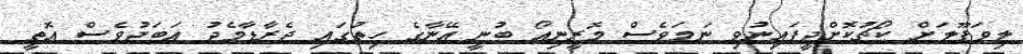
ލިވަޕޫލަށް ކޯޗުކޮށްދީފައިނުވި ނަމަވެސް މޮރީނިއޯ ބުނީ އޭނާގެ ހިތުގައި ޖެރާޑާމެދު އަބަދުވެސް އޮތީ